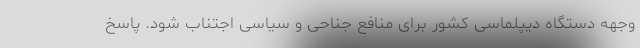
وجهه دستگاه دیپلماسی کشور برای منافع جناحی و سیاسی اجتناب شود. پاسخ